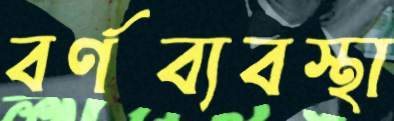
বর্ণব্যবস্থা